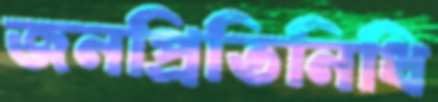
জনপ্রিতিনিধি